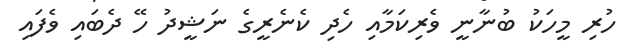
ހުރި މީހަކު ބުނާނީ ވެރިކަމާއި ހެދި ކެނެރީގެ ނަޝީދު ހޭ ދެބައި ވެފައި